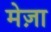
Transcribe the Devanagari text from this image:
मेज़ा